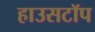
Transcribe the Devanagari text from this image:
हाउसटॉप